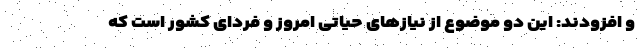
و افزودند: این دو موضوع از نیازهای حیاتی امروز و فردای کشور است که